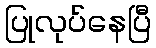
ပြုလုပ်နေပြီ